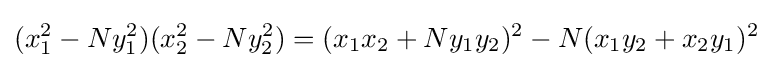
(x_{1}^{2}-Ny_{1}^{2})(x_{2}^{2}-Ny_{2}^{2})=(x_{1}x_{2}+Ny_{1}y_{2})^{2}-N(x_{1}y_{2}+x_{2}y_{1})^{2}